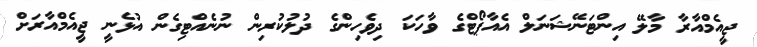
ޖީއެމްއާރާ މާލޭ އިންޓަނޭޝަނަލް އެއާޕޯޓްގެ ވާހަކަ ދިވެހިންގެ ދުލުކުރިން ނުނެއްޓިގެން އުޅެނީ ޖީއެމްއާރަށް